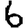
Digit: 6